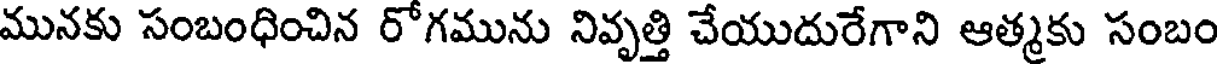
మునకు సంబంధించిన రోగమును నివృత్తి చేయుదురేగాని ఆత్మకు సంబం